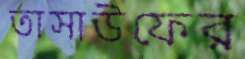
তাসাউফের